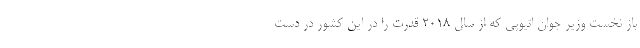
باز نخست وزیر جوان اتیوپی که از سال ۲۰۱۸ قدرت را در این کشور در دست